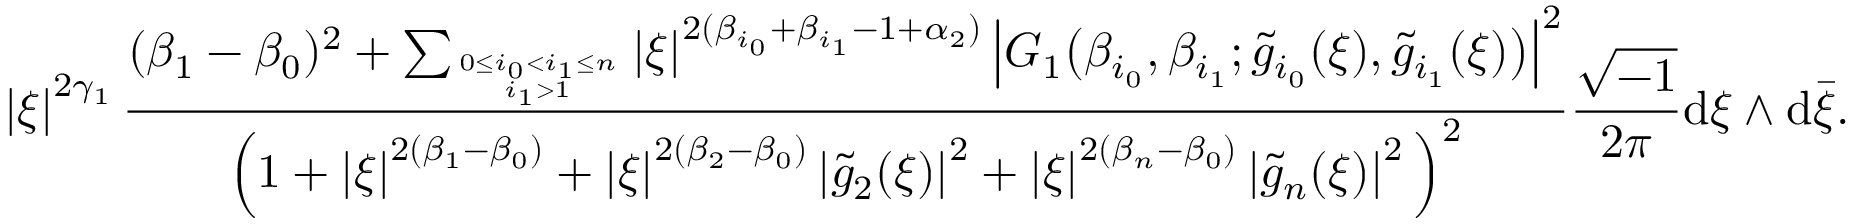
\left| \xi \right| ^ { 2 \gamma _ { 1 } } \frac { ( \beta _ { 1 } - \beta _ { 0 } ) ^ { 2 } + \sum _ { 0 \le i _ { 0 } < i _ { 1 } \le n \atop i _ { 1 } > 1 } \left| \xi \right| ^ { 2 ( \beta _ { i _ { 0 } } + \beta _ { i _ { 1 } } - 1 + \alpha _ { 2 } ) } \left| G _ { 1 } \big ( \beta _ { i _ { 0 } } , \beta _ { i _ { 1 } } ; \tilde { g } _ { i _ { 0 } } ( \xi ) , \tilde { g } _ { i _ { 1 } } ( \xi ) \big ) \right| ^ { 2 } } { \Big ( 1 + \left| \xi \right| ^ { 2 ( \beta _ { 1 } - \beta _ { 0 } ) } + \left| \xi \right| ^ { 2 ( \beta _ { 2 } - \beta _ { 0 } ) } \left| \tilde { g } _ { 2 } ( \xi ) \right| ^ { 2 } + \left| \xi \right| ^ { 2 ( \beta _ { n } - \beta _ { 0 } ) } \left| \tilde { g } _ { n } ( \xi ) \right| ^ { 2 } \Big ) ^ { 2 } } \frac { \sqrt { - 1 } } { 2 \pi } \mathrm { d } \xi \wedge \mathrm { d } \bar { \xi } .